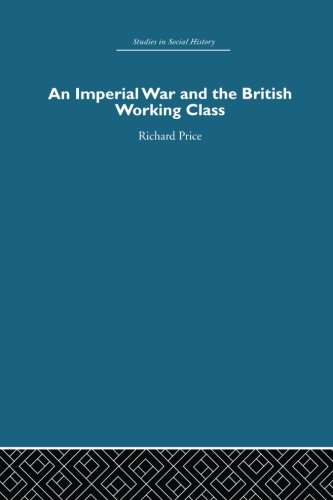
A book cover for An Imperial War and the British Working Class: Working-Class Attitudes and Reactions to the Boer War, 1899-1902; Richard Price; History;